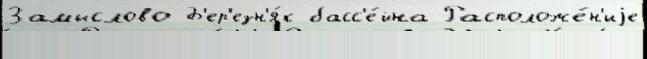
Замыслово Б'ер'езн'я́к басс'е́йна Расположе́н'иjе